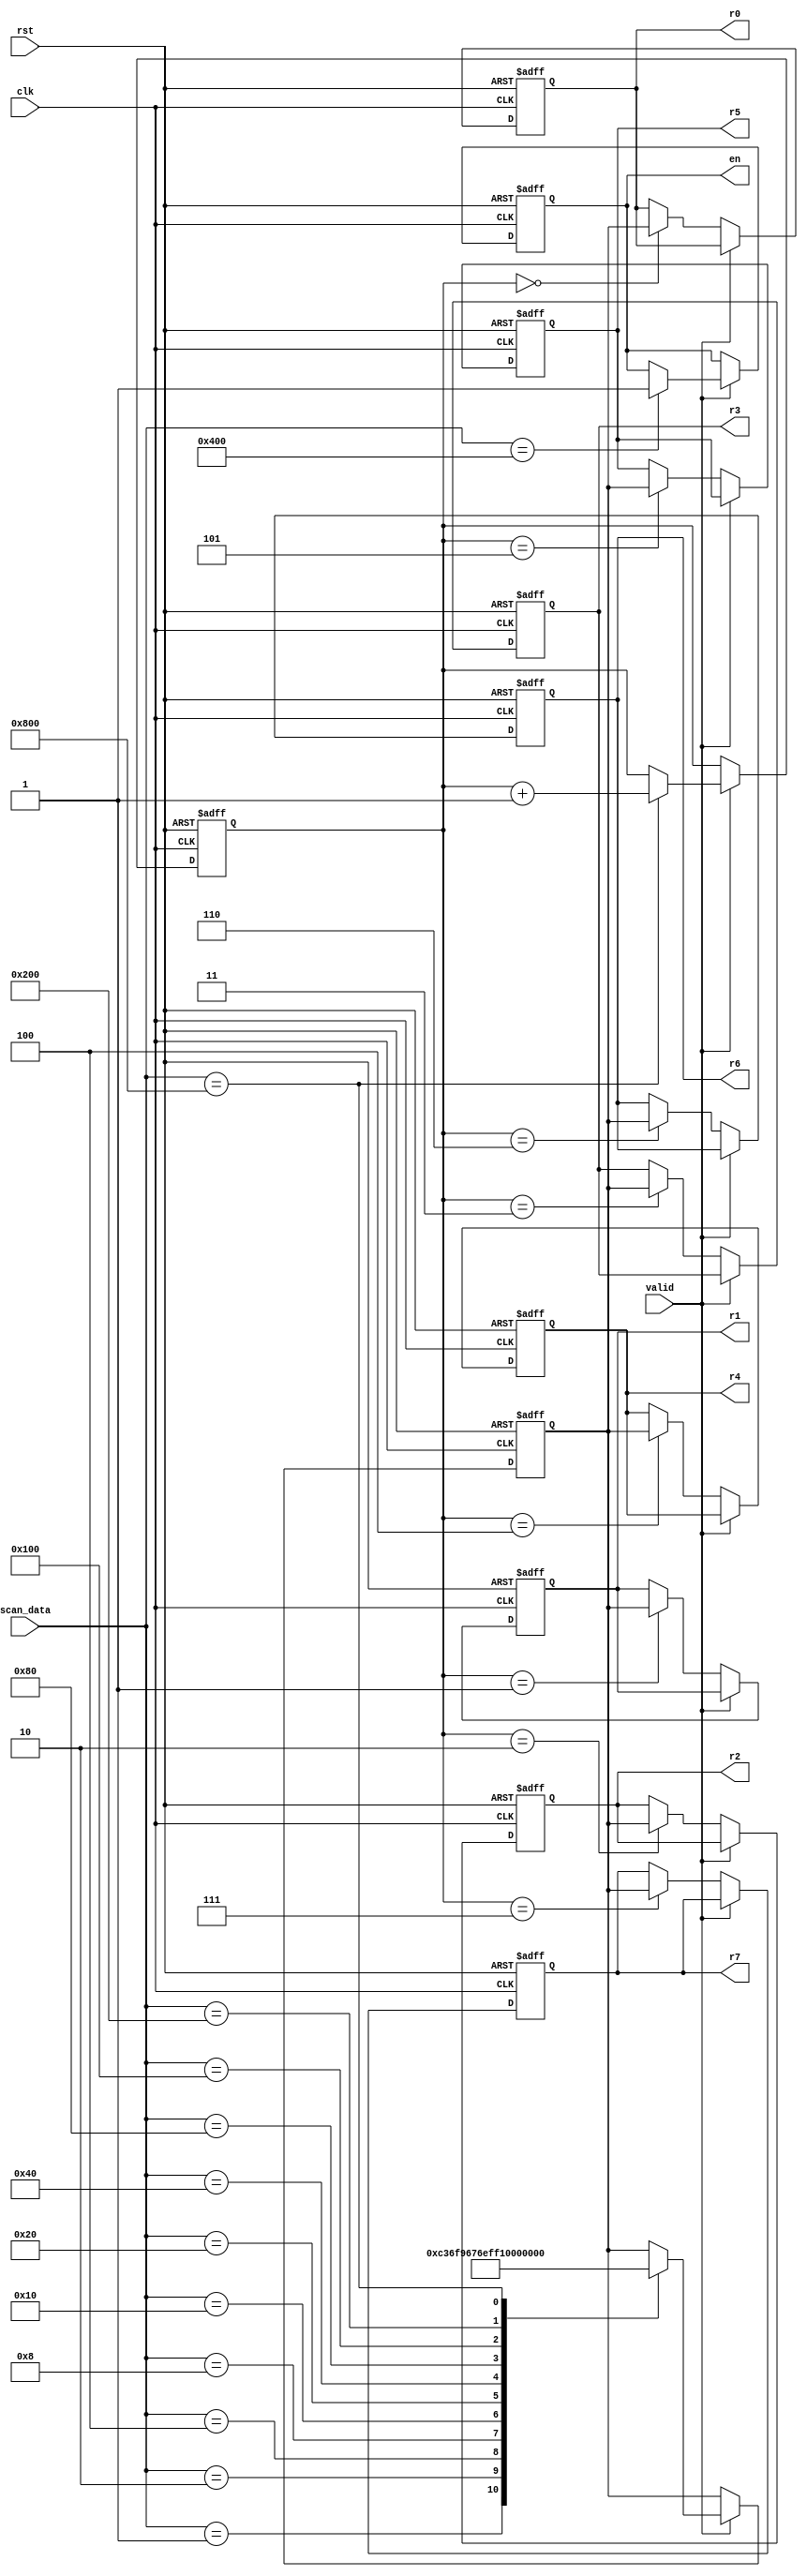
module display(rst, clk, scan_data, valid, r0,r1,r2,r3,r4,r5,r6,r7, en);
  input rst, clk;
  input [11:0]scan_data;
  input valid;
  output [6:0]r0,r1,r2,r3,r4,r5,r6,r7;
  reg [6:0]r0,r1,r2,r3,r4,r5,r6,r7;
  output reg en;
  reg [11:0]r8;
  reg [2:0]r9;
  reg [6:0]w;
  
  initial en <= 0;
  
  always@(posedge clk or negedge rst) begin
    if (!rst) begin
      r8 <= 12'b000000000000;
      r9 <= 3'b000;
      en <= 0;
      w <= 7'b1111110;
      r0 <= 0;
      r1 <= 0;
      r2 <= 0;
      r3 <= 0;
      r4 <= 0;
      r5 <= 0;
      r6 <= 0;
      r7 <= 0;
    end
    else begin
      if (valid) begin
        case(scan_data)
        12'b000000000001 : begin r8 <= 12'b000000000001; w <= 7'b0110000; end //1
        12'b000000000010 : begin r8 <= 12'b000000000010; w <= 7'b1101101; end //2
        12'b000000000100 : begin r8 <= 12'b000000000100; w <= 7'b1111001; end //3
        12'b000000001000 : begin r8 <= 12'b000000001000; w <= 7'b0110011; end //4
        12'b000000010000 : begin r8 <= 12'b000000010000; w <= 7'b1011011; end //5
        12'b000000100000 : begin r8 <= 12'b000000100000; w <= 7'b1011111; end //6
        12'b000001000000 : begin r8 <= 12'b000001000000; w <= 7'b1110000; end //7
        12'b000010000000 : begin r8 <= 12'b000010000000; w <= 7'b1111111; end //8
        12'b000100000000 : begin r8 <= 12'b000100000000; w <= 7'b1111011; end //9
        12'b010000000000 : begin r8 <= 12'b001000000000; en <= 1; end         //*
        12'b001000000000 : begin r8 <= 12'b010000000000; w <= 7'b1111110; end //0
        12'b100000000000 : begin r8 <= 12'b100000000000; r9 <= r9 + 1; w <= 7'b0000000; end //#
        endcase
      end      
      else begin   
        case(r9)
          3'b000 : r0 <= w;
          3'b001 : r1 <= w;
          3'b010 : r2 <= w;
          3'b011 : r3 <= w;
          3'b100 : r4 <= w;
          3'b101 : r5 <= w;
          3'b110 : r6 <= w;
          3'b111 : r7 <= w;
        endcase
      end
    end
  end
endmodule